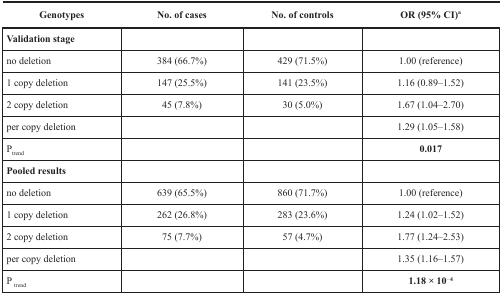
| Genotypes | No. of cases | No. of controls | OR (95% CI)a |
 | --- | --- | --- | --- |
 | Validation stage |  |  |  |
 | no deletion | 384 (66.7%) | 429 (71.5%) | 1.00 (reference) |
 | 1 copy deletion | 147 (25.5%) | 141 (23.5%) | 1.16 (0.89–1.52) |
 | 2 copy deletion | 45 (7.8%) | 30 (5.0%) | 1.67 (1.04–2.70) |
 | per copy deletion |  |  | 1.29 (1.05–1.58) |
 | Ptrend |  |  | 0.017 |
 | Pooled results |  |  |  |
 | no deletion | 639 (65.5%) | 860 (71.7%) | 1.00 (reference) |
 | 1 copy deletion | 262 (26.8%) | 283 (23.6%) | 1.24 (1.02–1.52) |
 | 2 copy deletion | 75 (7.7%) | 57 (4.7%) | 1.77 (1.24–2.53) |
 | per copy deletion |  |  | 1.35 (1.16–1.57) |
 | P trend |  |  | 1.18 × 10−4 |